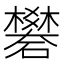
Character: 礬